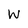
Character: W